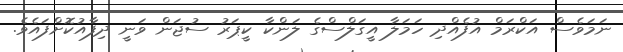
ނަމަވެސް އަކްރަމް އުފެއްދި ހަމަލާ އީގަލްސްގެ ލަންކާ ކީޕަރު ސުޖަން ވަނީ ދިފާއުކޮށްފައެވެ.